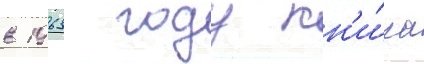
в 1963 году кн'и́га